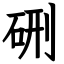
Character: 硎